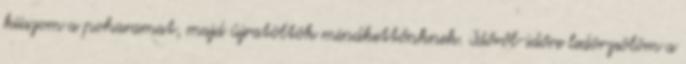
kiiszom a poharamat, majd újratöltök mindkettőnknek. Időről-időre ledörzsölöm a